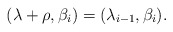
\begin{align*} (\lambda+\rho,\beta_i)=(\lambda_{i-1},\beta_i). \end{align*}